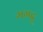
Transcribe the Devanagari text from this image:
ममदु